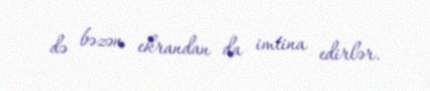
də bəzən ekrandan da imtina edirlər.